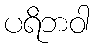
ပရိဘဝါ